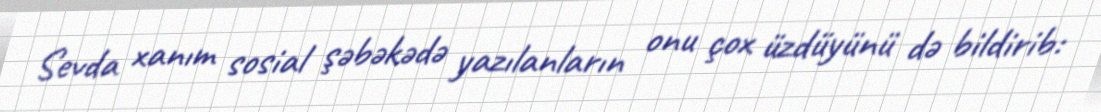
Sevda xanım sosial şəbəkədə yazılanların onu çox üzdüyünü də bildirib: